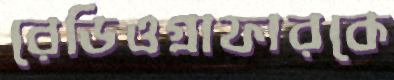
রেডিওগ্রাফারকে